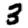
Digit: 3